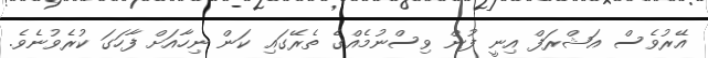
އޭރުވެސް އަޝްރަފް އިނީ ފުން ވިސްނުމެއްގެ ތެރޭގައި ކަން ނިހާއަށް ފާހަގަ ކުރެވުނެވެ.